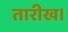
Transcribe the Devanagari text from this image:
तारीख।